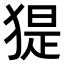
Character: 𤟥